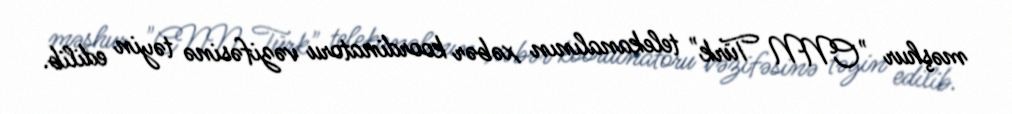
məşhur "CNN Türk" telekanalının xəbər koordinatoru vəzifəsinə təyin edilib.